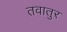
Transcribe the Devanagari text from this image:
तवातुर